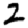
Digit: 2